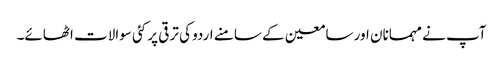
آپ نے مہمانان اور سامعین کے سامنے اردو کی ترقی پر کئی سوالات اٹھائے۔